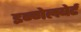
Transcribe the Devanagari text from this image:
इन्गेलबेर्ट